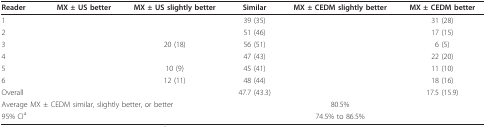
<table><thead><tr><td><b>Reader</b></td><td><b>MX ± US better</b></td><td><b>MX ± US slightly better</b></td><td><b>Similar</b></td><td><b>MX ± CEDM slightly better</b></td><td><b>MX ± CEDM better</b></td></tr></thead><tbody><tr><td>1</td><td>[EMPTY_CELL]</td><td>[EMPTY_CELL]</td><td>39 (35)</td><td>[EMPTY_CELL]</td><td>31 (28)</td></tr><tr><td>2</td><td>[EMPTY_CELL]</td><td>[EMPTY_CELL]</td><td>51 (46)</td><td>[EMPTY_CELL]</td><td>17 (15)</td></tr><tr><td>3</td><td>[EMPTY_CELL]</td><td>20 (18)</td><td>56 (51)</td><td>[EMPTY_CELL]</td><td>6 (5)</td></tr><tr><td>4</td><td>[EMPTY_CELL]</td><td>[EMPTY_CELL]</td><td>47 (43)</td><td>[EMPTY_CELL]</td><td>22 (20)</td></tr><tr><td>5</td><td>[EMPTY_CELL]</td><td>10 (9)</td><td>45 (41)</td><td>[EMPTY_CELL]</td><td>11 (10)</td></tr><tr><td>6</td><td>[EMPTY_CELL]</td><td>12 (11)</td><td>48 (44)</td><td>[EMPTY_CELL]</td><td>18 (16)</td></tr><tr><td>Overall</td><td>[EMPTY_CELL]</td><td>[EMPTY_CELL]</td><td>47.7 (43.3)</td><td>[EMPTY_CELL]</td><td>17.5 (15.9)</td></tr><tr><td colspan="3">Average MX ± CEDM similar, slightly better, or better</td><td>[EMPTY_CELL]</td><td>80.5%</td><td>[EMPTY_CELL]</td></tr><tr><td colspan="3">95% CI<sup>a</sup></td><td>[EMPTY_CELL]</td><td>74.5% to 86.5%</td><td>[EMPTY_CELL]</td></tr></tbody></table>